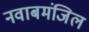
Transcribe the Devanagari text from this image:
नवाबमंजिल